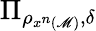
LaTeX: \Pi_{\rho_{x^{n}\left(\mathscr{M}\right)},\delta}